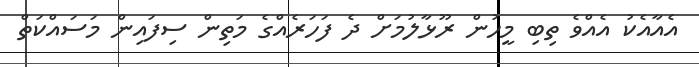
އެއާއެކު އެއްވެ ތިބި މީހުން ރޫޅާލުމަށް ދެ ފަހަރެއްގެ މަތިން ސިފައިން މަސައްކަތް